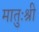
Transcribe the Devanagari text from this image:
मातुःश्री